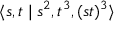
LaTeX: \langle s , t \mid s ^ { 2 } , t ^ { 3 } , ( s t ) ^ { 3 } \rangle